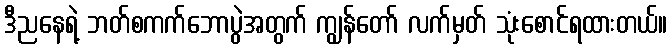
ဒီညနေရဲ့ ဘတ်စကက်ဘောပွဲအတွက် ကျွန်တော် လက်မှတ် သုံးစောင်ရထားတယ်။